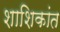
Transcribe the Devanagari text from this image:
शाशिकांत